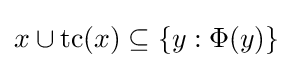
x\cup \mathop {\rm {tc}} (x)\subseteq \{y:\Phi (y)\}